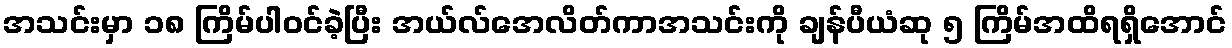
အသင်းမှာ ၁၈ ကြိမ်ပါဝင်ခဲ့ပြီး အယ်လ်အေလိတ်ကာအသင်းကို ချန်ပီယံဆု ၅ ကြိမ်အထိရရှိအောင်